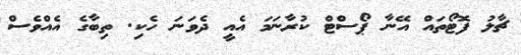
ޗާލު ފޮޓޯތައް އޭނާ ޕޯސްޓް ކުރާނަމަ އެއީ ދެވަނަ ހެކި. ތިބާގެ އެއްވެސް